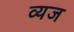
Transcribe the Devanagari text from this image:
व्यज